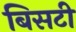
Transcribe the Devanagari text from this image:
बिसटी